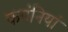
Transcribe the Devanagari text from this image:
कपंनियां